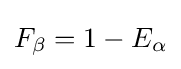
F_{\beta }=1-E_{\alpha }